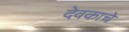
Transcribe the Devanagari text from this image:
देवकाचे